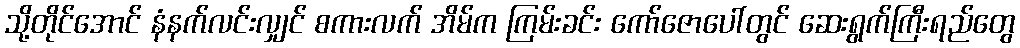
သို့တိုင်အောင် နံနက်လင်းလျှင် စကားလက် အိမ်က ကြမ်းခင်း ကော်ဇောပေါ်တွင် ဆေးရွက်ကြီးရည်တွေ